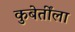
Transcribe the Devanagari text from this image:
कुबेर्तींला